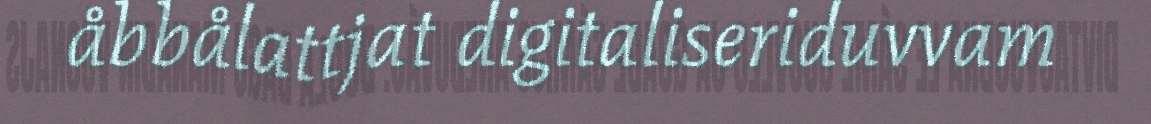
åbbålattjat digitaliseriduvvam